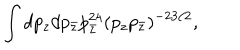
LaTeX: { \int d p _ { z } d p _ { \bar { z } } p _ { \bar { z } } ^ { 2 4 } ( p _ { z } p _ { \bar { z } } ) ^ { - 2 3 / 2 } , }